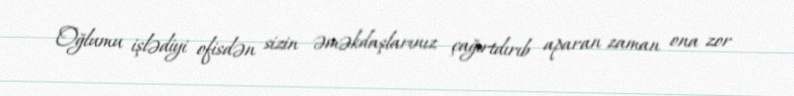
Oğlumu işlədiyi ofisdən sizin əməkdaşlarınız çağırtdırıb aparan zaman ona zor